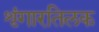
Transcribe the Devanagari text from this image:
शृंगारतिलक